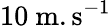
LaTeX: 10\ \mathrm{m.s^{-1}}